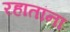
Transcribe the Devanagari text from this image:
रहातांना